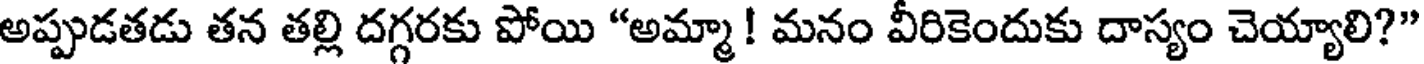
అప్పుడతడు తన తల్లి దగ్గరకు పోయి "అమ్మా ! మనం వీరికెందుకు దాస్యం చెయ్యాలి?"